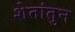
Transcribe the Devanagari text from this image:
शेतांतुन